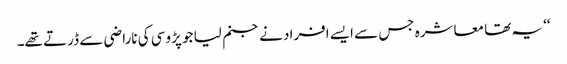
‘‘ یہ تھا معاشرہ جس سے ایسے افراد نے جنم لیا جو پڑوسی کی ناراضی سے ڈرتے تھے۔